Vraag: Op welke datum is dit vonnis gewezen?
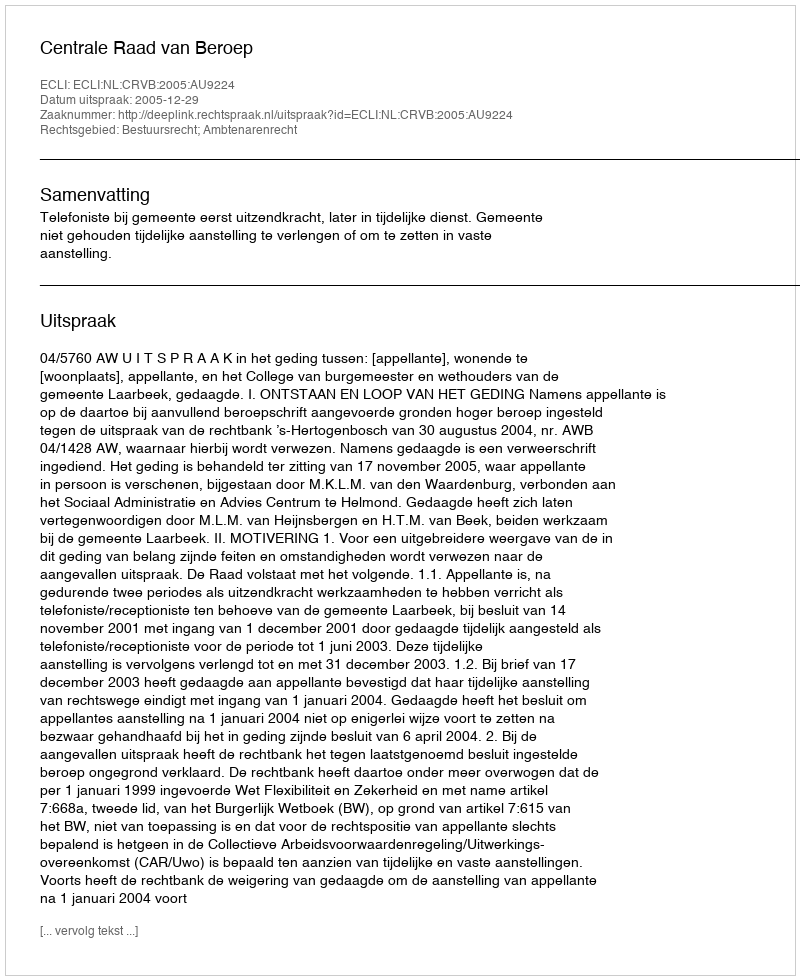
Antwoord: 2005-12-29